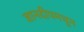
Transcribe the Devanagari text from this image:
ज्ञानदीपमधून